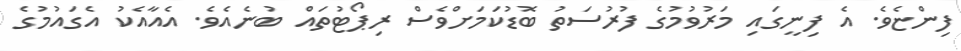
ފިންޏެވެ. އެ ފިނީގައި މަރުވުމުގެ ފުރުސަތު ބޮޑުކަމަށްވެސް ރިޕޯޓުތައް ބުނެއެވެ. އެއާއެކު އެގައުމުގެ